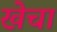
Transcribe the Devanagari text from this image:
खेचा